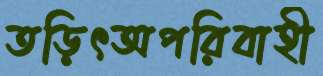
তড়িৎঅপরিবাহী